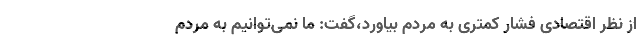
از نظر اقتصادی فشار کمتری به مردم بیاورد،گفت: ما نمی‌توانیم به مردم